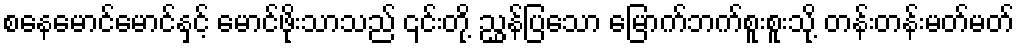
စနေမောင်မောင်နှင့် မောင်ဖိုးသာသည် ၎င်းတို့ ညွှန်ပြသော မြောက်ဘက်စူးစူးသို့ တန်းတန်းမတ်မတ်